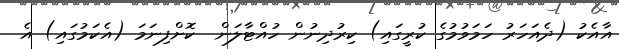
އާއެކު (ދެއަހަރު ހަމަވުމުގެ ކުރީގައި) ކިރުދިނުން ހުއްޓާލަން  ކޮށްފިނަމަ (އެކަމުގައި) އެ